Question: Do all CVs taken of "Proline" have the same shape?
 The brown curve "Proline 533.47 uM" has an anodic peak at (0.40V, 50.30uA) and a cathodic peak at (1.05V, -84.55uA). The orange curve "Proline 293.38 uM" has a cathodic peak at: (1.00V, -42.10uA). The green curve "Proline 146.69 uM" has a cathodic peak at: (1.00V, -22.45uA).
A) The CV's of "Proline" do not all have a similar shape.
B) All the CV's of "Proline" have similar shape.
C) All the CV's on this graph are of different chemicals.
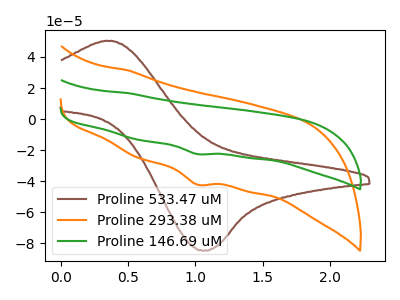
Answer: <think>"Proline 533.47 uM" and "Proline 293.38 uM" have a different number of peaks. "Proline 533.47 uM" and "Proline 146.69 uM" have a different number of peaks. All the peaks in "Proline 293.38 uM" have a peak in "Proline 146.69 uM" at the same potential. Every peak in "Proline 293.38 uM" is higher than every peak in "Proline 146.69 uM".
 </think>
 <answer>B) All the CV's of "Proline" have similar shape.</answer>
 <eval>B</eval>